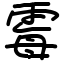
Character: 霉